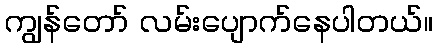
ကျွန်တော် လမ်းပျောက်နေပါတယ်။